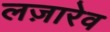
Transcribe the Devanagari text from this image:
लज़ारेव